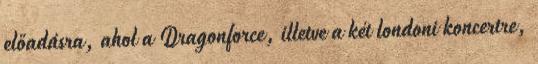
előadásra, ahol a Dragonforce, illetve a két londoni koncertre,